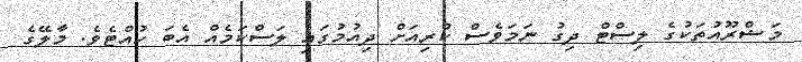
މަޝްރޫއުތަކުގެ ލިސްޓް ދިގު ނަމަވެސް ކުރިއަށް ދިއުމުގައި ލަސްކަމެއް އެބަ ހުއްޓެވެ. މާލޭގެ